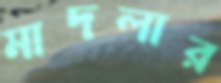
মাদলার